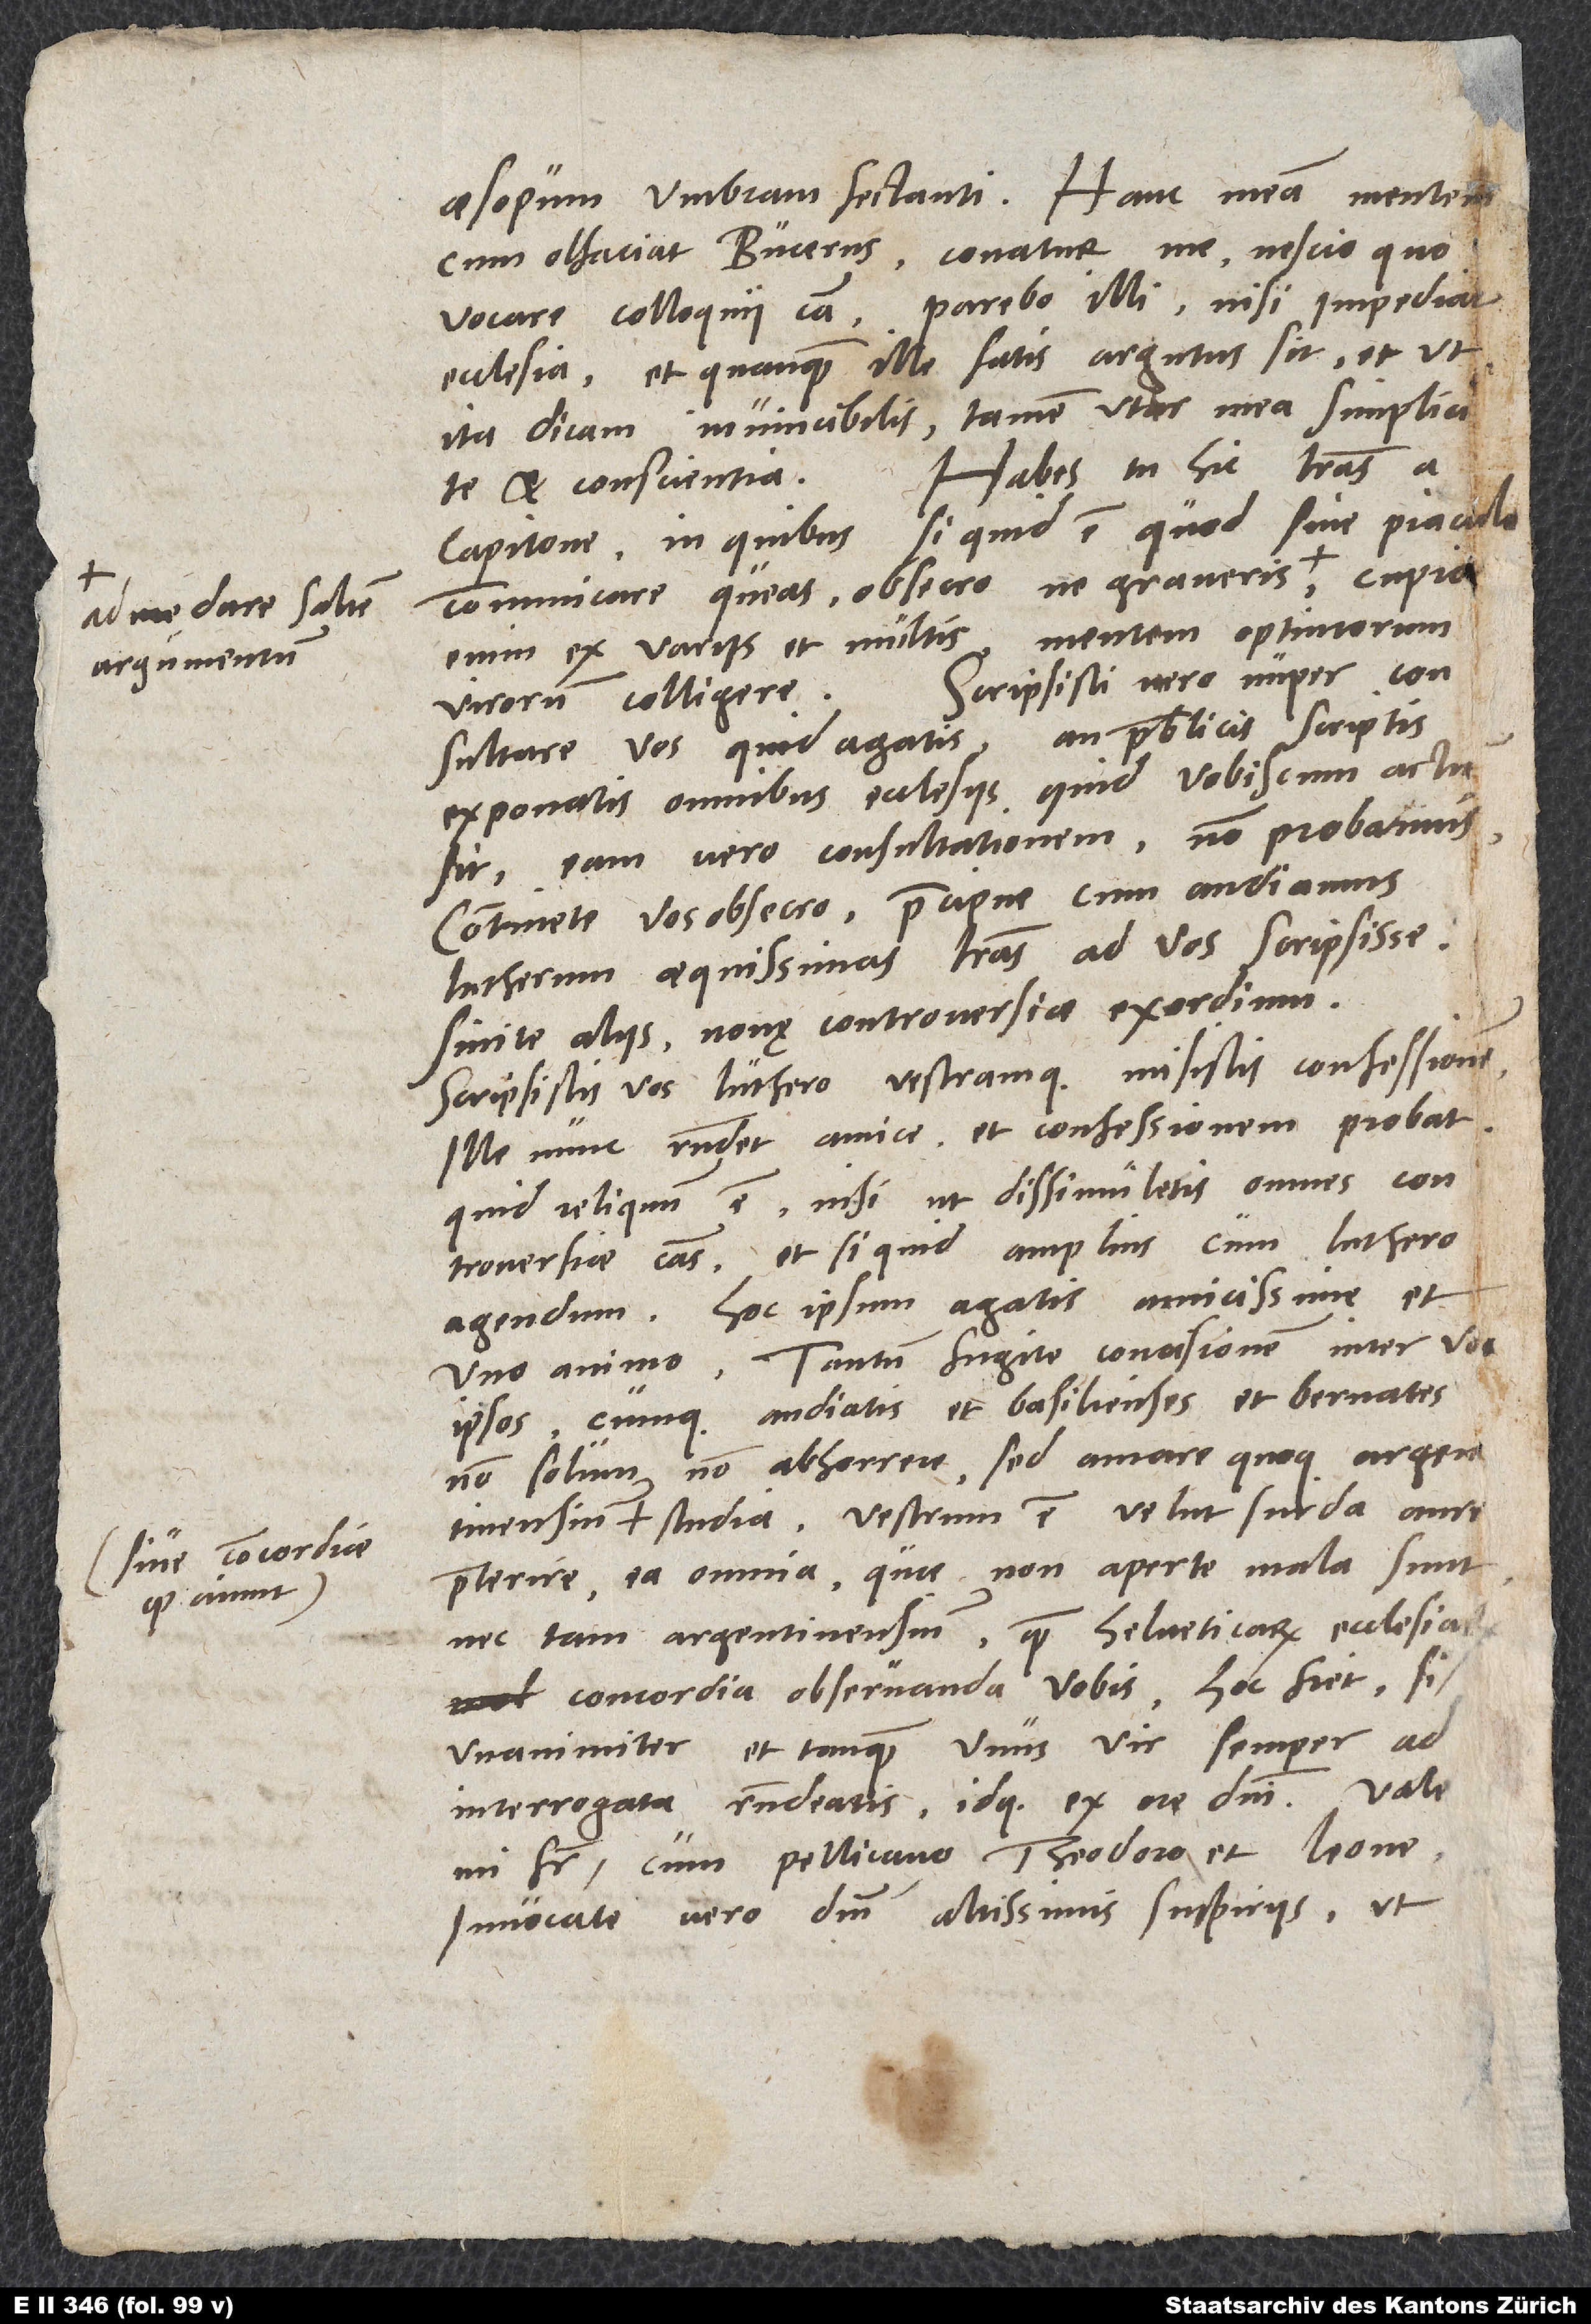
ad me dare saltem
argumentum.

Aesopum umbram sectanti. Hanc meam mentem
cum olfaciat Bucerus, conatur me nescio quo
vocare colloquii causa. Parebo illi, nisi impediate
Habes tu hic literas a
et conscientia.
Capitone; in quibus si quid est, quod sine piac
communicare queas, obsecro, ne graveris
enim ex variis et multis mentem optimorum
consultare vos, quid agatis, an publicis scriptis
exponatis omnibus ecclesiis, quid vobiscum act
concordia observanda vobis. Hoc fiet, si
unanimiter et tanquam unus vir semper ad
interrogata respondeatis idque ex ore domini.
mi frater, cum Pellicano, Theodoro et Leone.
Invocate vero dominum altissimis suspiriis, ut